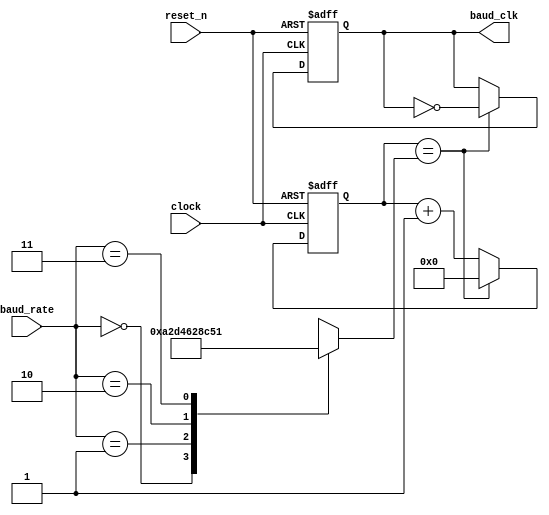
`timescale 1ns / 1ps
//////////////////////////////////////////////////////////////////////////////////
// Company: 
// Engineer: 
// 
// Design Name: 
// Module Name: BaudGenRx
// Project Name: 
// Target Devices: 
// Tool Versions: 
// Description: 
// 
// Dependencies: 
// 
// Revision:
// Revision 0.01 - File Created
// Additional Comments:
// 
//////////////////////////////////////////////////////////////////////////////////


module BaudGenRx(reset_n,clock,baud_rate,baud_clk);
input wire         reset_n,clock;     //  Active low reset,  The System's main clock.
input wire  [1:0]  baud_rate;   //  Baud Rate agreed upon by the Tx and Rx units.
output reg         baud_clk;     //  Clocking output for the other modules.


//  Internal declarations
reg [9:0]  final_val;  //  Holds the number of ticks for each BaudRate.
reg [9:0]  clock_ticks;  //  Counts untill it equals final_value, Timer principle.

//  Encoding the different Baud Rates
localparam BAUD24      = 2'b00,
           BAUD48      = 2'b01,
           BAUD96      = 2'b10,
           BAUD192     = 2'b11;

//  BaudRate 4-1 Mux
always @(*) 
begin
    case (baud_rate)
      //  All these ratio ticks are calculated for 50MHz Clock,
      //  The values shall change with the change of the clock frequency.
      BAUD24: final_val  = 10'd651;     //  16 * 2400 BaudRate.
      BAUD48: final_val  = 10'd326;     //  16 * 4800 BaudRate.
      BAUD96: final_val  = 10'd163;     //  16 * 9600 BaudRate.
      BAUD192: final_val = 10'd81;      //  16 * 19200 BaudRate.
      default: final_val = 10'd163;     //  16 * 9600 BaudRate.
    endcase
end

//  Timer logic
always @(negedge reset_n, posedge clock) 
begin
  if(~reset_n) 
  begin
    clock_ticks   <= 10'd0;
    baud_clk      <= 1'b0;
  end
  else 
  begin
    //  Ticks whenever reaches its final value,
    //  Then resets and starts all over again.
    if(clock_ticks == final_val)
    begin
      baud_clk      <= ~baud_clk;
      clock_ticks   <= 10'd0;
    end
    else 
    begin
      clock_ticks   <= clock_ticks + 1'd1;
      baud_clk      <= baud_clk;
    end
  end
end

    
endmodule